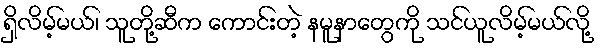
ရှိလိမ့်မယ်၊ သူတို့ဆီက ကောင်းတဲ့ နမူနာတွေကို သင်ယူလိမ့်မယ်လို့